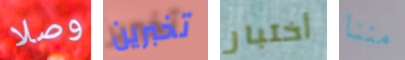
وصلا تخبرين أختبار مننا